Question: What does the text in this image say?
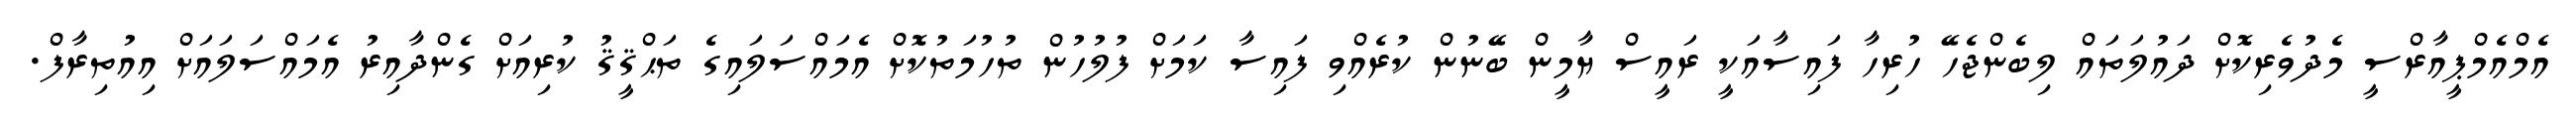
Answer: އެމްއެމްޕީއާރްސީ މެދުވެރިކޮށް ދައުލަތައް ލިބެންޖެހޭ ހުރިހާ ފައިސާއަކީ ރައީސް ޔާމީން ބޭނުން ކުރެއްވި ފައިސާ ކަމަށް ފުލުހުން ތުހުމަތުކޮށް އެމައްސަލައިގެ ތަޙްޤީޤު ކުރިއަށް ގެންދާއިރު އެމައްސަލައަށް އިއުތިރާފް.